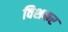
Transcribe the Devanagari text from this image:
विशकर